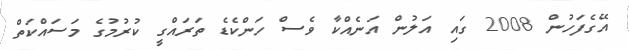
އޭގެފަހުން 2008 ގައި އަލުން އަނެއްކާ ވެސް ހަންކެޑެ ތަރައްގީ ކުރުމުގެ މަސައްކަތް